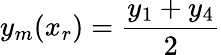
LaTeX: y_{m}(x_{r})=\frac{y_{1}+y_{4}}{2}